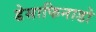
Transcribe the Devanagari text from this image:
डेसाफिनाडो